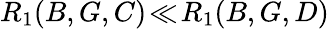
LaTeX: R_{1}(B,G,C)\! \ll\! R_{1}(B,G,D)